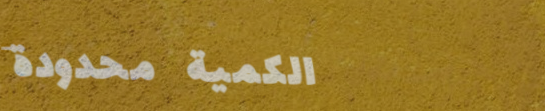
الكمية محدودة